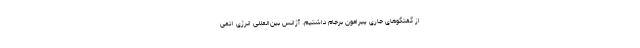
از گفتگوهای جاری پیرامون برجام داشتیم. آژانس بین‌المللی انرژی اتمی